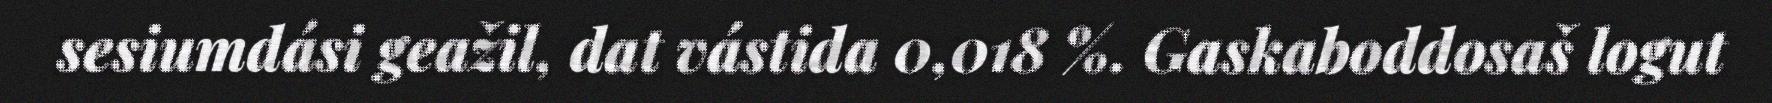
sesiumdási geažil, dat vástida 0,018 %. Gaskaboddosaš logut